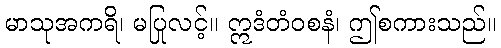
မာသုအကရိ၊ မပြုလင့်။ ဣဒံတံဝစနံ၊ ဤစကားသည်။